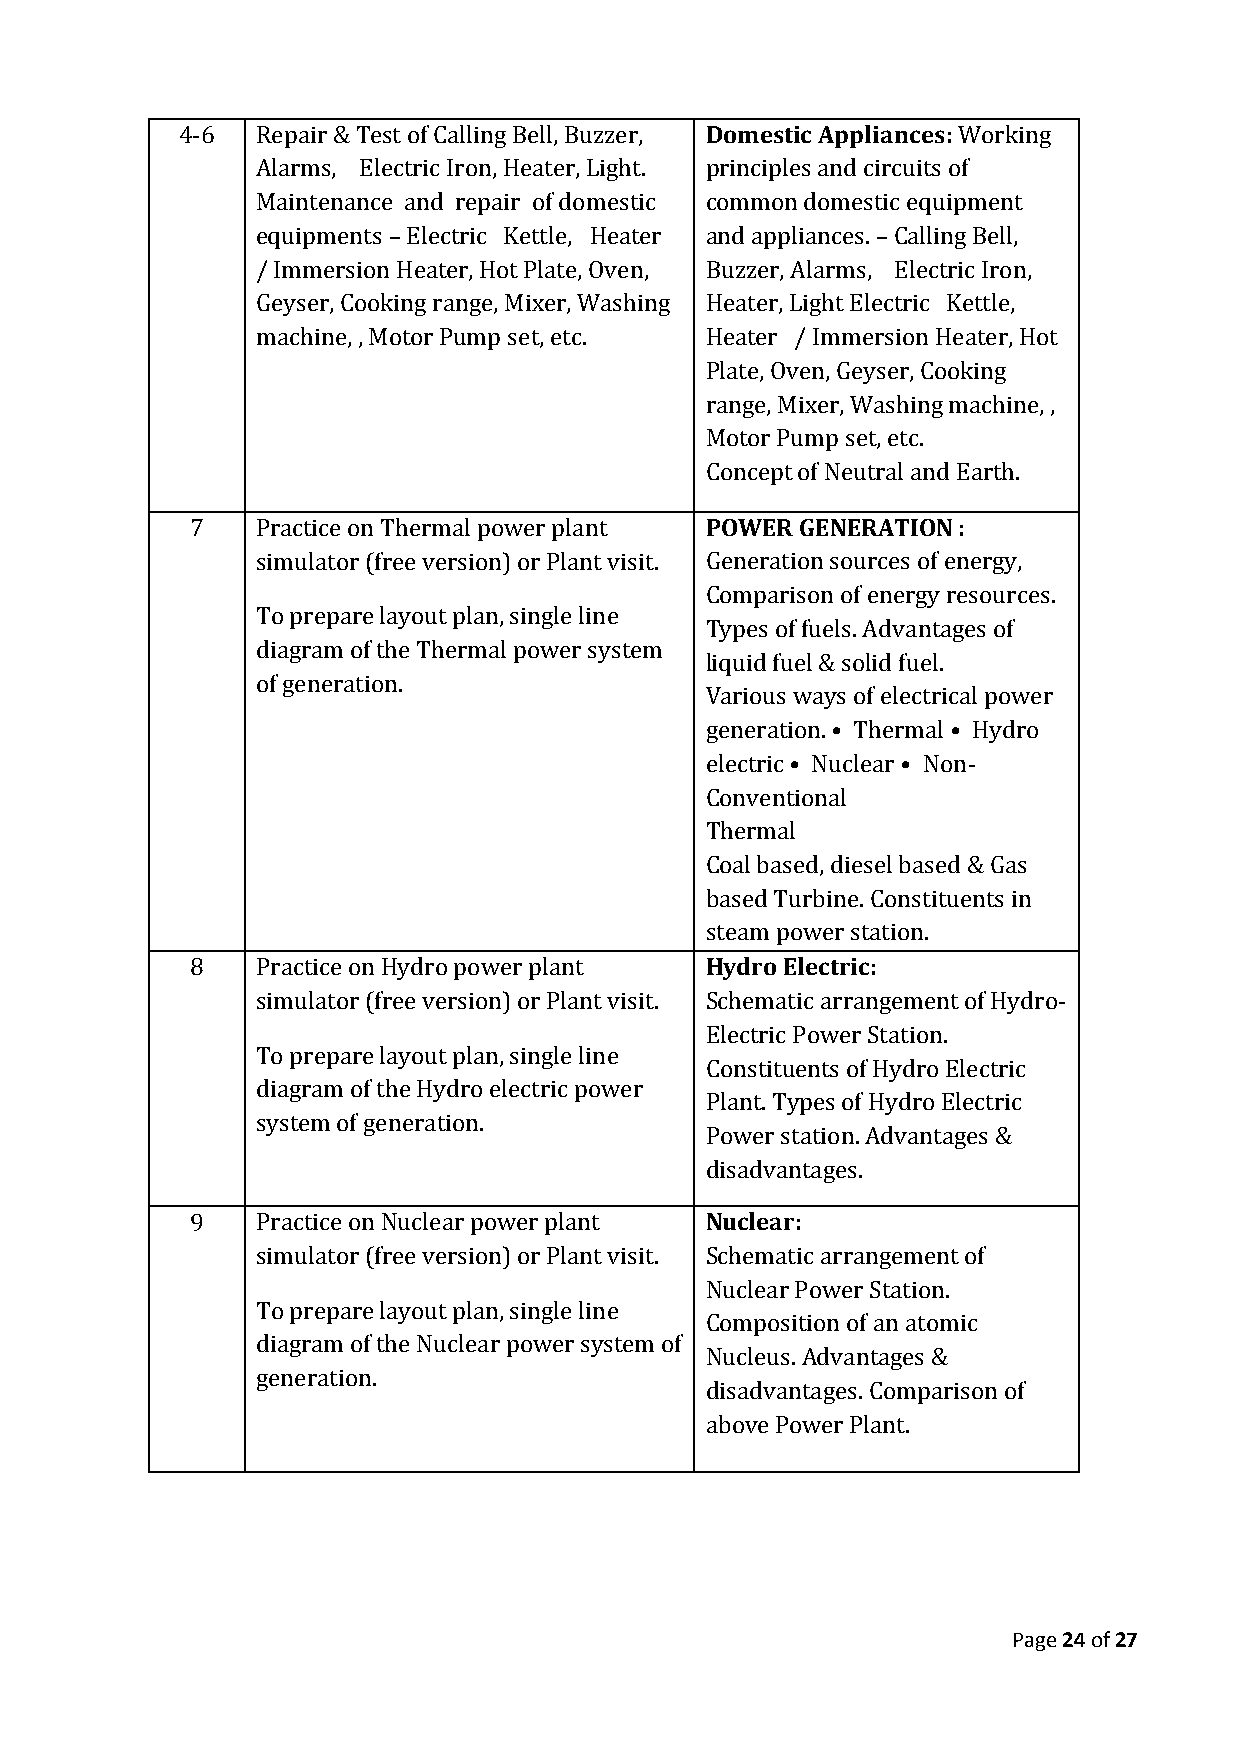
4-6  Repair & Test of Calling Bell, Buzzer, Domestic Appliances: Working
 Alarms, Electric Iron, Heater, Light. principles and circuits of
 Maintenance and repair of domestic common domestic equipment
 equipments – Electric Kettle, Heater and appliances. – Calling Bell,
 / Immersion Heater, Hot Plate, Oven, Buzzer, Alarms, Electric Iron,
 Geyser, Cooking range, Mixer, Washing Heater, Light Electric Kettle,
 machine, , Motor Pump set, etc. Heater / Immersion Heater, Hot
 Plate, Oven, Geyser, Cooking
 range, Mixer, Washing machine, ,
 Motor Pump set, etc.
 Concept of Neutral and Earth.
 7   Practice on Thermal power plant POWER GENERATION :
 simulator (free version) or Plant visit. Generation sources of energy,
 Comparison of energy resources.
 To prepare layout plan, single line
 Types of fuels. Advantages of
 diagram of the Thermal power system
 liquid fuel & solid fuel.
 of generation.
 Various ways of electrical power
 generation. • Thermal • Hydro
 electric • Nuclear • Non-
 Conventional
 Thermal
 Coal based, diesel based & Gas
 based Turbine. Constituents in
 steam power station.
 8   Practice on Hydro power plant Hydro Electric:
 simulator (free version) or Plant visit. Schematic arrangement of Hydro-
 Electric Power Station.
 To prepare layout plan, single line
 Constituents of Hydro Electric
 diagram of the Hydro electric power
 Plant. Types of Hydro Electric
 system of generation.
 Power station. Advantages &
 disadvantages.
 9   Practice on Nuclear power plant Nuclear:
 simulator (free version) or Plant visit. Schematic arrangement of
 Nuclear Power Station.
 To prepare layout plan, single line
 Composition of an atomic
 diagram of the Nuclear power system of
 Nucleus. Advantages &
 generation.
 disadvantages. Comparison of
 above Power Plant.
 Page 24 of 27